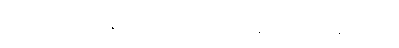
ပဝတ္တတိ၊ လည်သနည်း။ သကဝိသယဿ၊ မိမိအရာ၏။ ပရိသုဒ္ဓတ္တာ၊